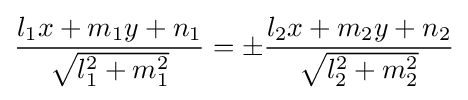
{\frac {l_{1}x+m_{1}y+n_{1}}{\sqrt {l_{1}^{2}+m_{1}^{2}}}}=\pm {\frac {l_{2}x+m_{2}y+n_{2}}{\sqrt {l_{2}^{2}+m_{2}^{2}}}}